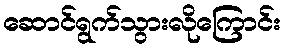
ဆောင်ရွက်သွားလိုကြောင်း